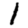
Digit: 1